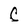
Character: C